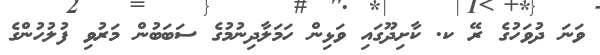
ވަނަ ދުވަހުގެ ރޭ ކ. ކާށިދޫގައި ވަޅިން ހަމަލާދިނުމުގެ ސަބަބުން މަރުވި ފުލުހުންގެ